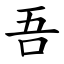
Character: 吾